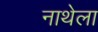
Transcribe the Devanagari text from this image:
नाथेला